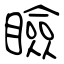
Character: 瞼